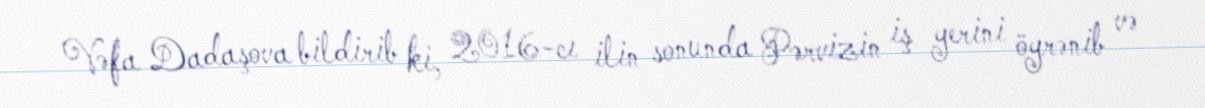
Vəfa Dadaşova bildirib ki, 2016-cı ilin sonunda Pərvizin iş yerini öyrənib və